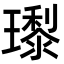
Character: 𭺊